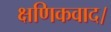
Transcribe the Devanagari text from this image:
क्षणिकवाद।